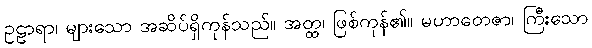
ဥဠာရာ၊ များသော အဆိပ်ရှိကုန်သည်။ အတ္ထ၊ ဖြစ်ကုန်၏။ မဟာတေဇာ၊ ကြီးသော